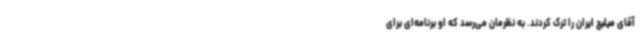
آقای میلیچ ایران را ترک کردند. به نظرمان می‌رسد که او برنامه‌ای برای